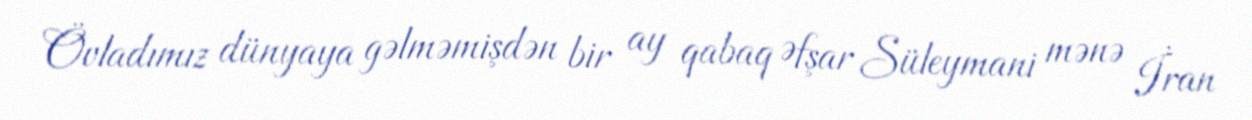
Övladımız dünyaya gəlməmişdən bir ay qabaq Əfşar Süleymani mənə İran